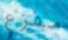
مفزع